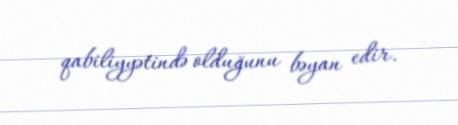
qabiliyyətində olduğunu bəyan edir.